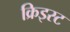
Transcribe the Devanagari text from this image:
क्रिइस्ट